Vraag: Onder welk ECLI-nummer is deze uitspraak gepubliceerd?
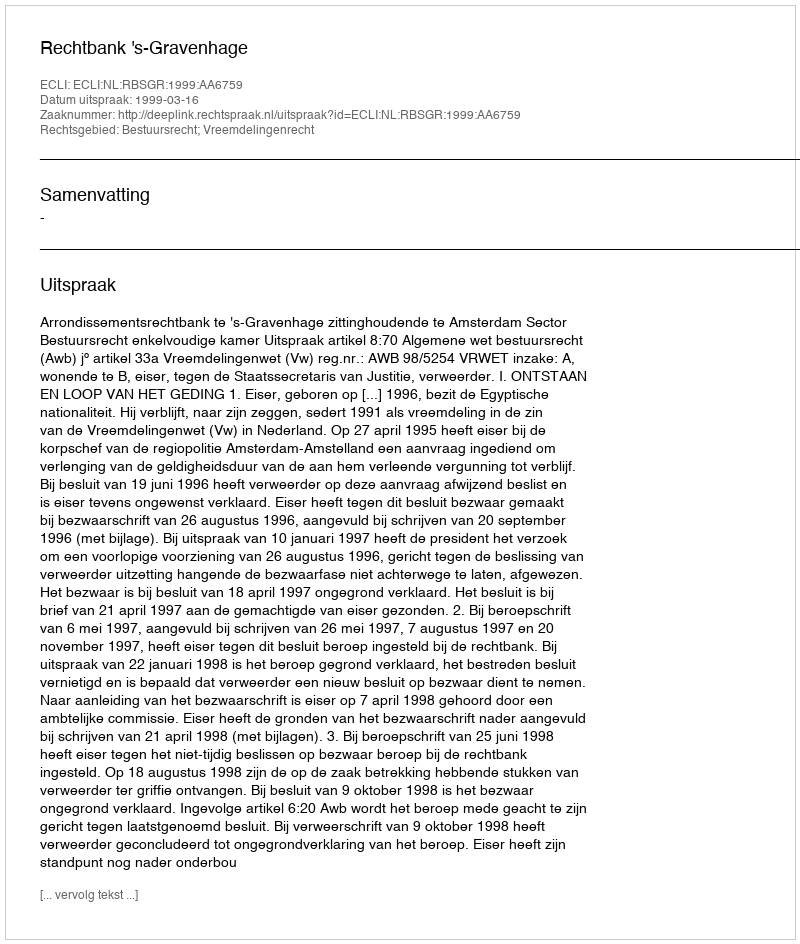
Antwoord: ECLI:NL:RBSGR:1999:AA6759